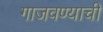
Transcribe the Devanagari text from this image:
गाजवण्याची